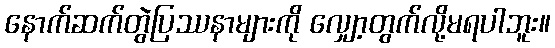
နောက်ဆက်တွဲပြဿနာများကို လျှော့တွက်လို့မရပါဘူး။